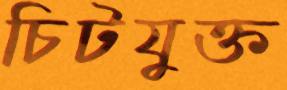
চিটযুক্ত